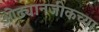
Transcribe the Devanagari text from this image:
ओढ्यानजीकच्या